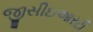
જીસીઇઆરટી